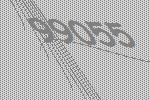
99055